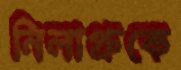
নিলাপ্রুকে